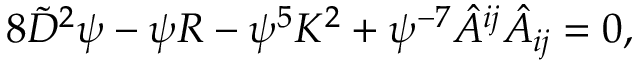
8 \tilde { D } ^ { 2 } \psi - \psi R - \psi ^ { 5 } K ^ { 2 } + \psi ^ { - 7 } \hat { A } ^ { i j } \hat { A } _ { i j } = 0 ,